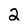
Character: 2